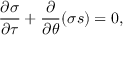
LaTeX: \frac { \partial \sigma } { \partial \tau } + \frac { \partial } { \partial \theta } ( \sigma s ) = 0 ,